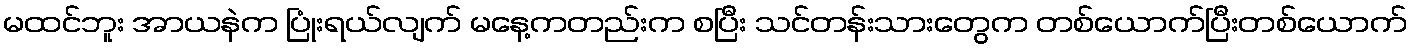
မထင်ဘူး အာယနဲက ပြုံးရယ်လျက် မနေ့ကတည်းက စပြီး သင်တန်းသားတွေက တစ်ယောက်ပြီးတစ်ယောက်